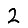
Digit: 2